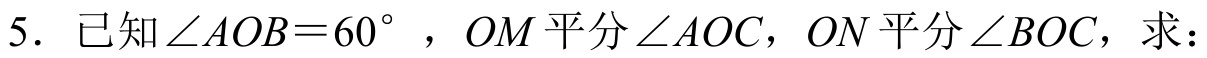
5. 已知\(\angle AOB = 60^{\circ}\)，\(OM\)平分\(\angle AOC\)，\(ON\)平分\(\angle BOC\)，求：